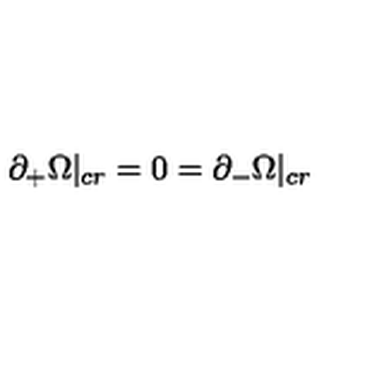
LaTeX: \partial _ { + } \Omega | _ { c r } = 0 = \partial _ { - } \Omega | _ { c r }